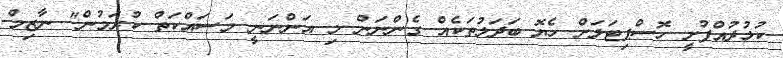
ކުޅުދުއްފުށީ ހޮސްޕިޓަލަށް ހެޔޮ ބަދަލުތަކެއް ގެންނަން މި އަންނަނީ މަސައްކަތް ކުރަމުން" ނާޒިމް